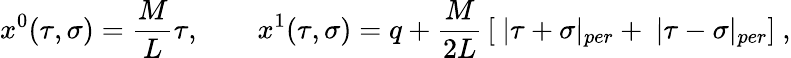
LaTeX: x^{0}(\tau,\sigma)=\frac ML\tau,\quad\quad x^{1}(\tau,\sigma)=q+\frac M{2L}\, [\ |\tau+\sigma|_{per}+\ |\tau-\sigma|_{per}]\ ,